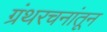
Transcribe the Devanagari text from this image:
ग्रंथरचनांतून